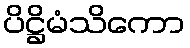
ပိဋ္ဌိမံသိကော